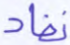
نفاد